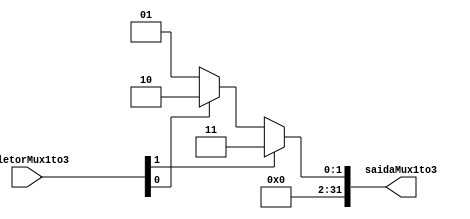
module Mux1to3 (
  input  wire [1:0]  seletorMux1to3,

  output reg [31:0] saidaMux1to3
);
  parameter valor1 = 32'b00000000000000000000000000000001; // 1 em decimal
  parameter valor2 = 32'b00000000000000000000000000000010; // 2 em decimal
  parameter valor3 = 32'b00000000000000000000000000000011; // 3 em decimal

  always @(*) begin
    saidaMux1to3 = ((seletorMux1to3[1])
      ? ((seletorMux1to3[0]) ? valor3 : valor3)
      : ((seletorMux1to3[0]) ? valor2 : valor1)
    );
  end
endmodule